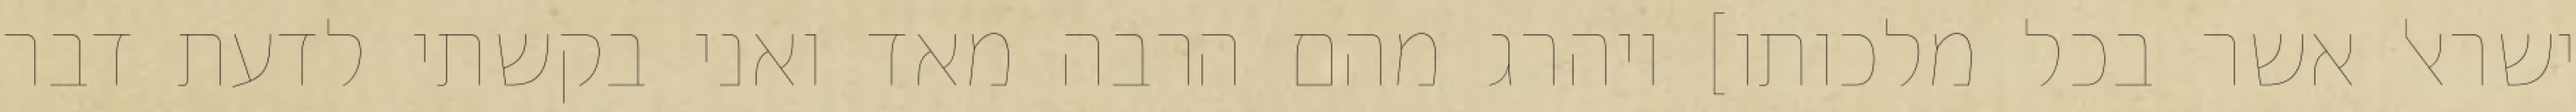
ישראל אשר בכל מלכותו] ויהרג מהם הרבה מאד ואני בקשתי לדעת דבר